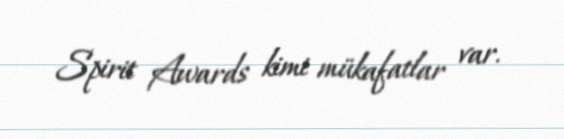
Spirit Awards kimi mükafatlar var.